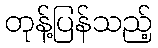
တုန့်ပြန်သည့်